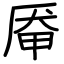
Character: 厣